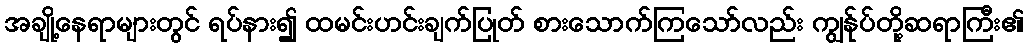
အချို့နေရာများတွင် ရပ်နား၍ ထမင်းဟင်းချက်ပြုတ် စားသောက်ကြသော်လည်း ကျွန်ုပ်တို့ဆရာကြီး၏